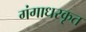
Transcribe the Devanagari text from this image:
गंगाधरकृत